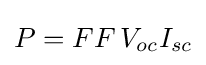
P=FF\,V_{oc}I_{sc}